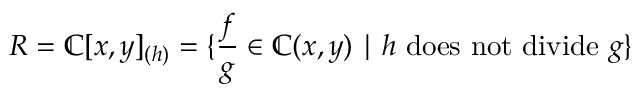
R = \mathbb { C } [ x , y ] _ { ( h ) } = \{ { \frac { f } { g } } \in \mathbb { C } ( x , y ) \mid h { \mathrm { ~ d o e s ~ n o t ~ d i v i d e ~ } } g \}